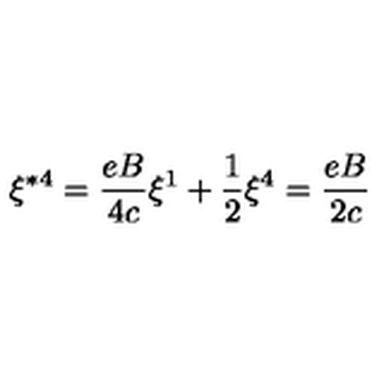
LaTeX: \xi ^ { \ast 4 } = \frac { e B } { 4 c } \xi ^ { 1 } + \frac { 1 } { 2 } \xi ^ { 4 } = \frac { e B } { 2 c }